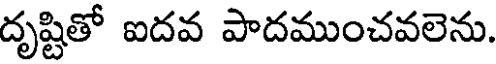
దృష్టితో ఐదవ పాదముంచవలెను.